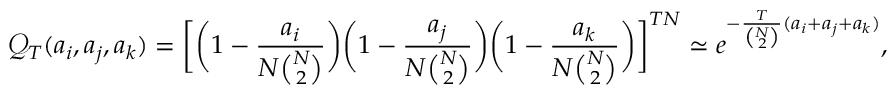
\mathcal { Q } _ { T } ( a _ { i } , a _ { j } , a _ { k } ) = \bigg [ \bigg ( 1 - \frac { a _ { i } } { N { \binom { N } { 2 } } } \bigg ) \bigg ( 1 - \frac { a _ { j } } { N { \binom { N } { 2 } } } \bigg ) \bigg ( 1 - \frac { a _ { k } } { N { \binom { N } { 2 } } } \bigg ) \bigg ] ^ { T N } \simeq e ^ { - \frac { T } { { \binom { N } { 2 } } } ( a _ { i } + a _ { j } + a _ { k } ) } ,